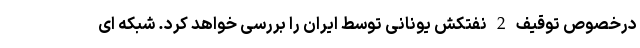
درخصوص توقیف 2 نفتکش یونانی توسط ایران را بررسی خواهد کرد. شبکه ای